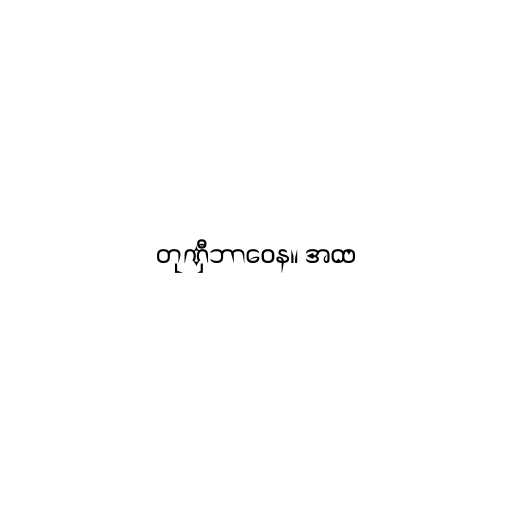
တုဏှီဘာဝေန။ အထ